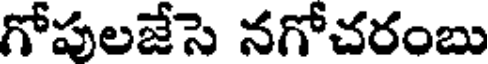
గోపులజేసె నగోచరంబు